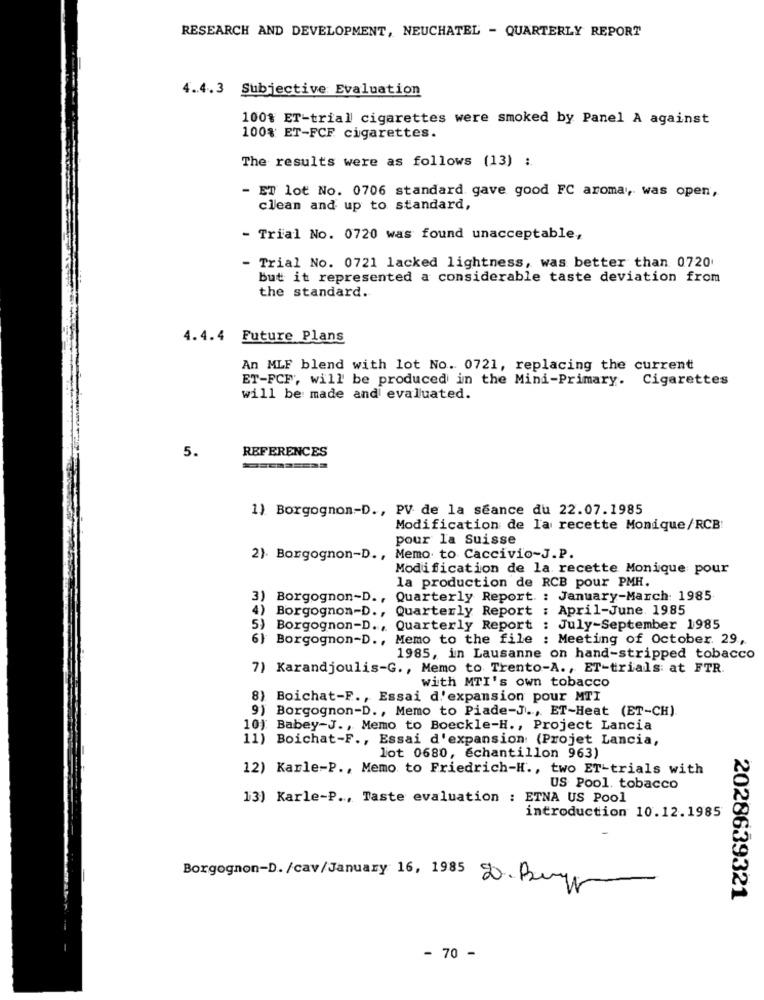
RESEARCH AND DEVELOPMENT, NEUCHATEL - QUARTERLY REPORT
4.4.3 Subjective: Evaluation
100% ET-trial cigarettes were smoked by Panel A against
100% ET-FCF cigarettes.
The results were as follows (13) :
- ET lot No. 0706 standard gave good FC aroma, was open,
clean and up to standard,
- Trial No. 0720 was found unacceptable,
Trial No. 0721 lacked lightness, was better than 0720
but it represented a considerable taste deviation from
the standard.
4.4.4 Future Plans
An MLF blend with lot No. 0721, replacing the current
ET-FCF, will be produced in the Mini-Primary. Cigarettes
will be made and evaluated.
5.
REFERENCES
1) Borgognon-D ., PV de la séance du 22.07.1985
Modification de la recette Monique/RCB:
pour la Suisse
2). Borgognon-D ., Memo to Caccivio-J.P.
Modification de la recette Monique pour
la production de RCB pour PMH.
Borgognon-D ., Quarterly Report : January-March: 1985
4) Borgognon-D ., Quarterly Report : April-June. 1985
5) Borgognon-D ., Quarterly Report : July-September 1985
6} Borgognon-D. ,
Memo to the file : Meeting of October 29,
1985, in Lausanne on hand-stripped tobacco
7) Karandjoulis-G ., Memo to Trento-A ., ET-trials at FTR
with MTI's own tobacco
8) Boichat-F ., Essai d'expansion pour MTI
9) Borgognon-D ., Memo to Piade-J ., ET-Heat (ET-CH)
10) Babey-J ., Memo to Boeckle-H ., Project Lancia
11) Boichat-F ., Essai d'expansion: (Projet Lancia,
lot 0680, echantillon 963)
12) Karle-P ., Memo to Friedrich-H ., two ET-trials with
US Pool, tobacco
13) Karle-P ., Taste evaluation : ETNA US Pool
introduction 10.12.1985
-
Borgognon-D. /cav/January 16, 1985 20. Bu
2028639321
- 70 -